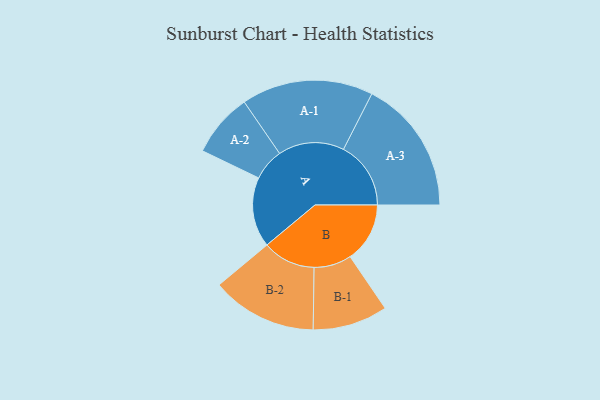
{"axis": {"x": "Segment", "y": "Value"}, "legend": ["", "A", "B"], "data": [{"x": "A", "y": 237, "type": ""}, {"x": "B", "y": 202, "type": ""}, {"x": "A-1", "y": 223, "type": "A"}, {"x": "A-2", "y": 108, "type": "A"}, {"x": "A-3", "y": 228, "type": "A"}, {"x": "B-1", "y": 127, "type": "B"}, {"x": "B-2", "y": 179, "type": "B"}]}